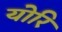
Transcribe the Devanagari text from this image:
योरि